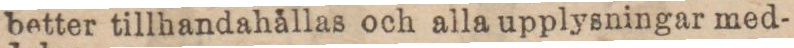
better tillhandahållas och alla upplysningar med-